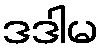
ဒဒါမ